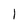
Character: l